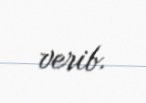
verib.